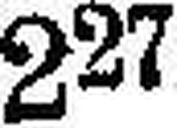
227